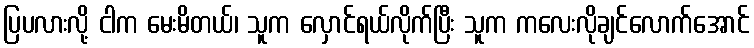
ပြပလားလို့ ငါက မေးမိတယ်၊ သူက လှောင်ရယ်လိုက်ပြီး သူက ကလေးလိုချင်လောက်အောင်